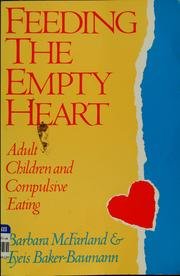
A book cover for Feeding the Empty Heart: Adult Children and Compulsive Eating; Barbara McFarland; Health, Fitness & Dieting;